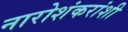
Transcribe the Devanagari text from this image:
नारोशंकरांशी